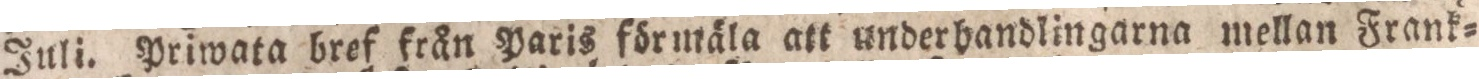
Juli. Priwata bref från Paris förmäla att underhandlingarna mellan Frank=